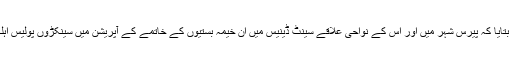
بلدیاتی حکام نے بتایا کہ پیرس شہر میں اور اس کے نواحی علاقے سینٹ ڈینیس میں ان خیمہ بستیوں کے خاتمے کے آپریشن میں سینکڑوں پولیس اہلکار شامل ہوئے۔